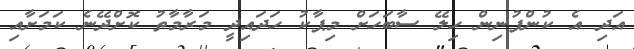
އަދި އެ ކުންފުނިން ހިލޭ ސާބަހަށް މިޕާކު ހަދައިދީ މަރާމާތު ކޮށްދޭނެ ކަމަށާއި